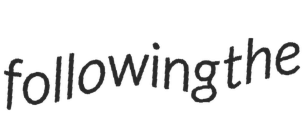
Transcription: following the